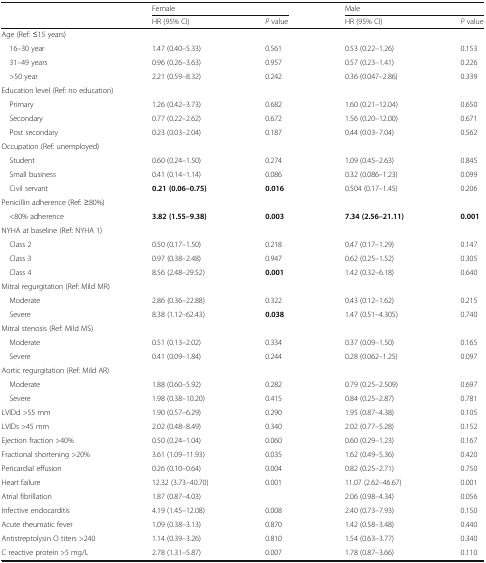
<table><thead><tr><td></td><td colspan="2"><b>Female</b></td><td colspan="2"><b>Male</b></td></tr><tr><td></td><td><b>HR (95% CI)</b></td><td><b><i>P</i> value</b></td><td><b>HR (95% CI)</b></td><td><b><i>P</i> value</b></td></tr></thead><tbody><tr><td colspan="5">Age (Ref: ≤15 years)</td></tr><tr><td> 16–30 year</td><td>1.47 (0.40–5.33)</td><td>0.561</td><td>0.53 (0.22–1.26)</td><td>0.153</td></tr><tr><td> 31–49 years</td><td>0.96 (0.26–3.63)</td><td>0.957</td><td>0.57 (0.23–1.41)</td><td>0.226</td></tr><tr><td> &gt;50 year</td><td>2.21 (0.59–8.32)</td><td>0.242</td><td>0.36 (0.047–2.86)</td><td>0.339</td></tr><tr><td colspan="5">Education level (Ref: no education)</td></tr><tr><td> Primary</td><td>1.26 (0.42–3.73)</td><td>0.682</td><td>1.60 (0.21–12.04)</td><td>0.650</td></tr><tr><td> Secondary</td><td>0.77 (0.22–2.62)</td><td>0.672</td><td>1.56 (0.20–12.00)</td><td>0.671</td></tr><tr><td> Post secondary</td><td>0.23 (0.03–2.04)</td><td>0.187</td><td>0.44 (0.03–7.04)</td><td>0.562</td></tr><tr><td colspan="5">Occupation (Ref: unemployed)</td></tr><tr><td> Student</td><td>0.60 (0.24–1.50)</td><td>0.274</td><td>1.09 (0.45–2.63)</td><td>0.845</td></tr><tr><td> Small business</td><td>0.41 (0.14–1.14)</td><td>0.086</td><td>0.32 (0.086–1.23)</td><td>0.099</td></tr><tr><td> Civil servant</td><td><b>0.21 (0.06–0.75)</b></td><td><b>0.016</b></td><td>0.504 (0.17–1.45)</td><td>0.206</td></tr><tr><td colspan="5">Penicillin adherence (Ref: ≥80%)</td></tr><tr><td> &lt;80% adherence</td><td><b>3.82 (1.55–9.38)</b></td><td><b>0.003</b></td><td><b>7.34 (2.56–21.11)</b></td><td><b>0.001</b></td></tr><tr><td colspan="5">NYHA at baseline (Ref: NYHA 1)</td></tr><tr><td> Class 2</td><td>0.50 (0.17–1.50)</td><td>0.218</td><td>0.47 (0.17–1.29)</td><td>0.147</td></tr><tr><td> Class 3</td><td>0.97 (0.38–2.48)</td><td>0.947</td><td>0.62 (0.25–1.52)</td><td>0.305</td></tr><tr><td> Class 4</td><td>8.56 (2.48–29.52)</td><td><b>0.001</b></td><td>1.42 (0.32–6.18)</td><td>0.640</td></tr><tr><td colspan="5">Mitral regurgitation (Ref: Mild MR)</td></tr><tr><td> Moderate</td><td>2.86 (0.36–22.88)</td><td>0.322</td><td>0.43 (0.12–1.62)</td><td>0.215</td></tr><tr><td> Severe</td><td>8.38 (1.12–62.43)</td><td><b>0.038</b></td><td>1.47 (0.51–4.305)</td><td>0.740</td></tr><tr><td colspan="5">Mitral stenosis (Ref: Mild MS)</td></tr><tr><td> Moderate</td><td>0.51 (0.13–2.02)</td><td>0.334</td><td>0.37 (0.09–1.50)</td><td>0.165</td></tr><tr><td> Severe</td><td>0.41 (0.09–1.84)</td><td>0.244</td><td>0.28 (0.062–1.25)</td><td>0.097</td></tr><tr><td colspan="5">Aortic regurgitation (Ref: Mild AR)</td></tr><tr><td> Moderate</td><td>1.88 (0.60–5.92)</td><td>0.282</td><td>0.79 (0.25–2.509)</td><td>0.697</td></tr><tr><td> Severe</td><td>1.98 (0.38–10.20)</td><td>0.415</td><td>0.84 (0.25–2.87)</td><td>0.781</td></tr><tr><td>LVIDd &gt;55 mm</td><td>1.90 (0.57–6.29)</td><td>0.290</td><td>1.95 (0.87–4.38)</td><td>0.105</td></tr><tr><td>LVIDs &gt;45 mm</td><td>2.02 (0.48–8.49)</td><td>0.340</td><td>2.02 (0.77–5.28)</td><td>0.152</td></tr><tr><td>Ejection fraction &gt;40%</td><td>0.50 (0.24–1.04)</td><td>0.060</td><td>0.60 (0.29–1.23)</td><td>0.167</td></tr><tr><td>Fractional shortening &gt;20%</td><td>3.61 (1.09–11.93)</td><td>0.035</td><td>1.62 (0.49–5.36)</td><td>0.420</td></tr><tr><td>Pericardial effusion</td><td>0.26 (0.10–0.64)</td><td>0.004</td><td>0.82 (0.25–2.71)</td><td>0.750</td></tr><tr><td>Heart failure</td><td>12.32 (3.73–40.70)</td><td>0.001</td><td>11.07 (2.62–46.67)</td><td>0.001</td></tr><tr><td>Atrial fibrillation</td><td>1.87 (0.87–4.03)</td><td></td><td>2.06 (0.98–4.34)</td><td>0.056</td></tr><tr><td>Infective endocarditis</td><td>4.19 (1.45–12.08)</td><td>0.008</td><td>2.40 (0.73–7.93)</td><td>0.150</td></tr><tr><td>Acute rheumatic fever</td><td>1.09 (0.38–3.13)</td><td>0.870</td><td>1.42 (0.58–3.48)</td><td>0.440</td></tr><tr><td>Antistreptolysin O titers &gt;240</td><td>1.14 (0.39–3.26)</td><td>0.810</td><td>1.54 (0.63–3.77)</td><td>0.340</td></tr><tr><td>C reactive protein &gt;5 mg/L</td><td>2.78 (1.31–5.87)</td><td>0.007</td><td>1.78 (0.87–3.66)</td><td>0.110</td></tr></tbody></table>